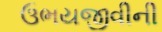
ઉભયજીવીની